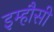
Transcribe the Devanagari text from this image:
इम्हौसी